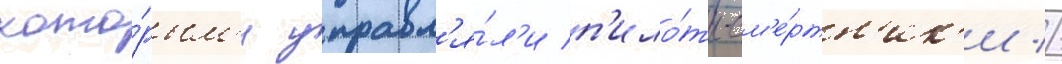
кото́рым'и управл'я́л'и п'ило́ты-см'е́ртн'ик'и //